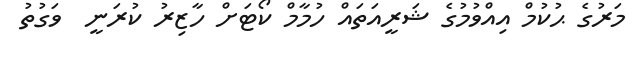
މަރުގެ ޙުކުމް އިއްވުމުގެ ޝަރީއަތައް ހުމާމް ކޯޓަށް ހާޒިރު ކުރަނީ  ވަގުތު